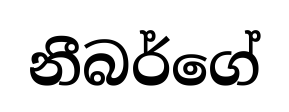
නීබර්ගේ